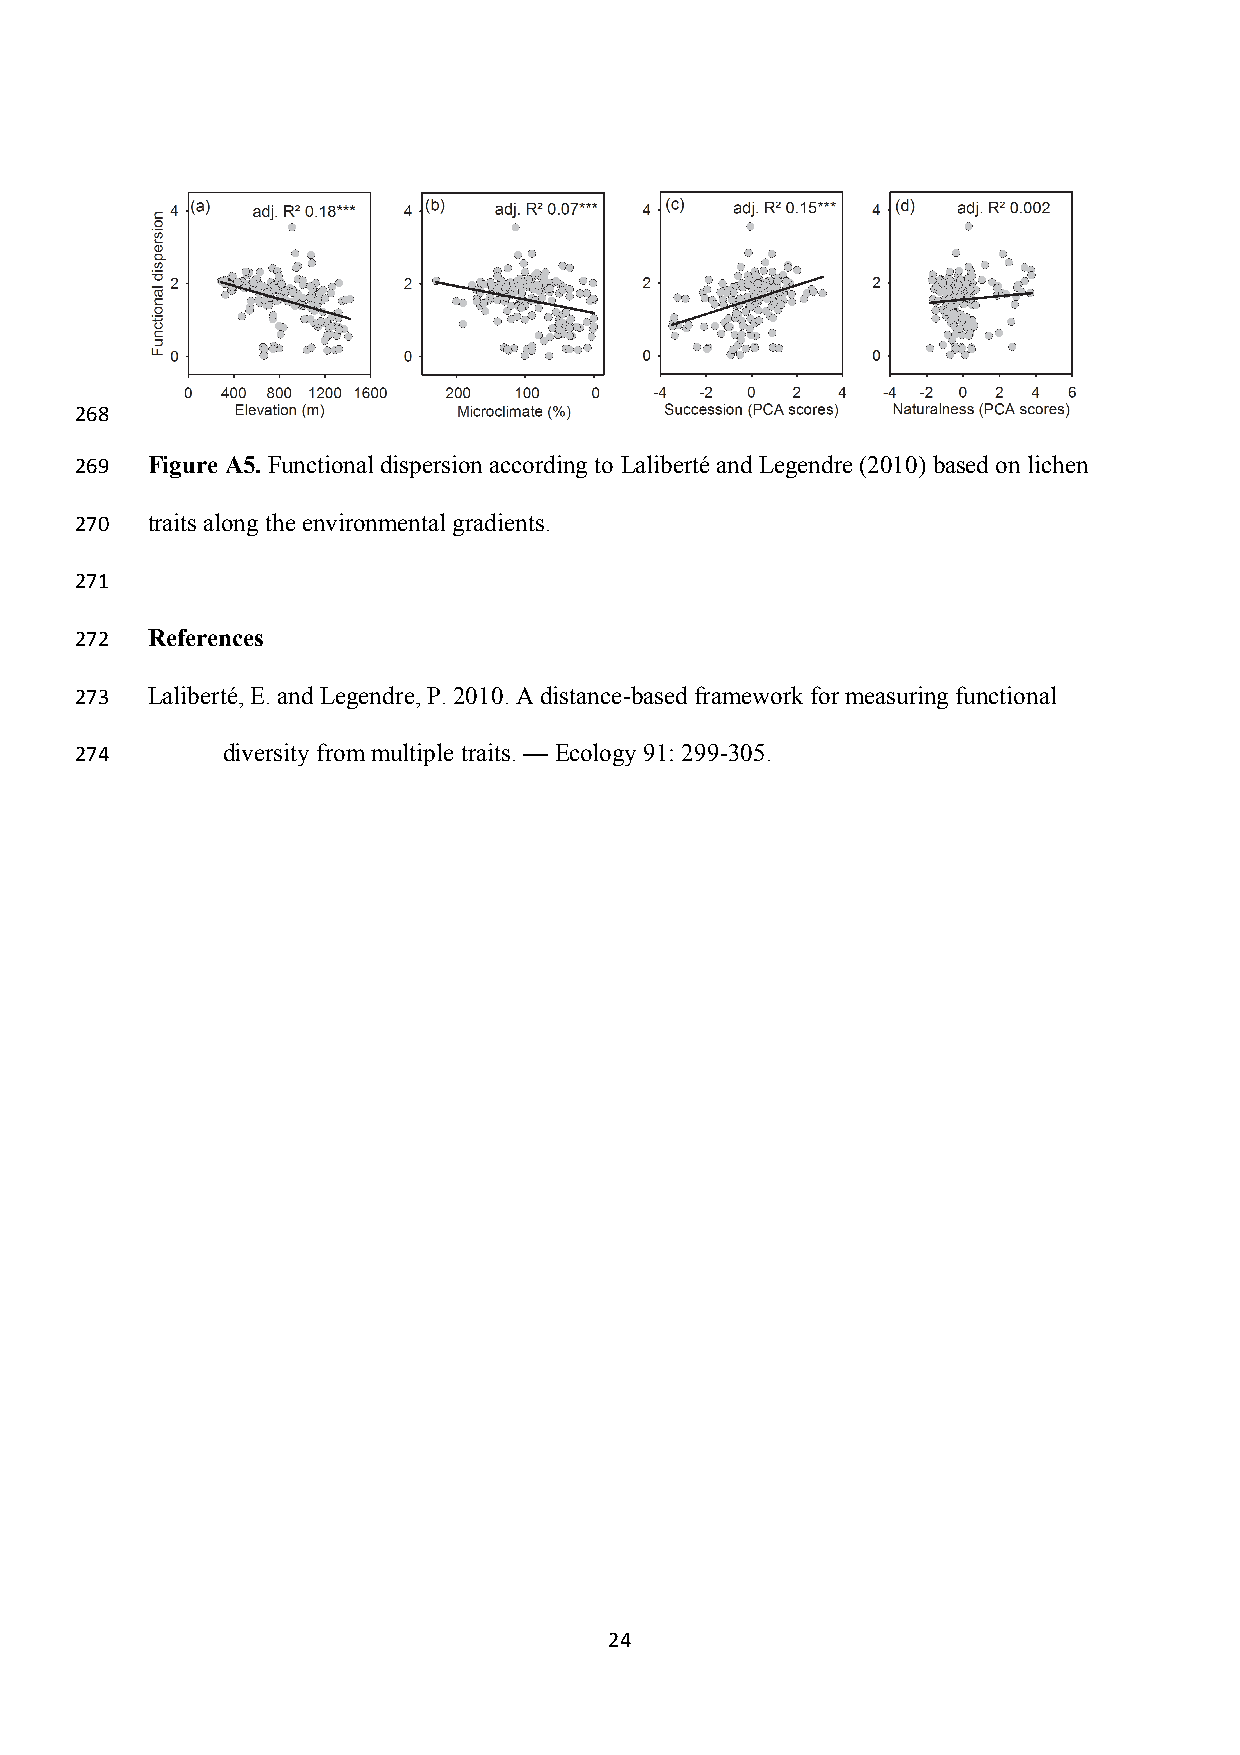
268
 269  Figure A5. Functional dispersion according to Laliberté and Legendre (2010) based on lichen
 270  traits along the environmental gradients.
 271
 272  References
 273  Laliberté, E. and Legendre, P. 2010. A distance-based framework for measuring functional
 274       diversity from multiple traits. — Ecology 91: 299-305.
 24